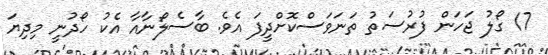
17 ގޯލު ޖަހަން ފުރުސަތު ތަނަވަސްކޮށްދީފަ އެވެ. ބާސެލޯނާއާ އެކު ހޯދުނީ މިދިޔަ